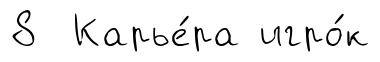
8 Карье́ра игро́к